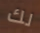
لك